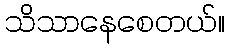
သိသာနေစေတယ်။